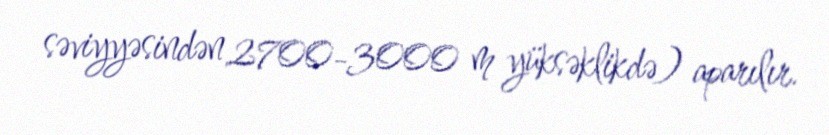
səviyyəsindən 2700-3000 m yüksəklikdə) aparılır.